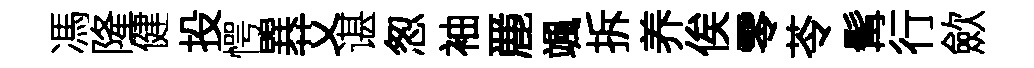
馮隆健投愕巽艾谌怱袖䴡颯拆养俟零苓髯行歛